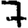
Digit: 7